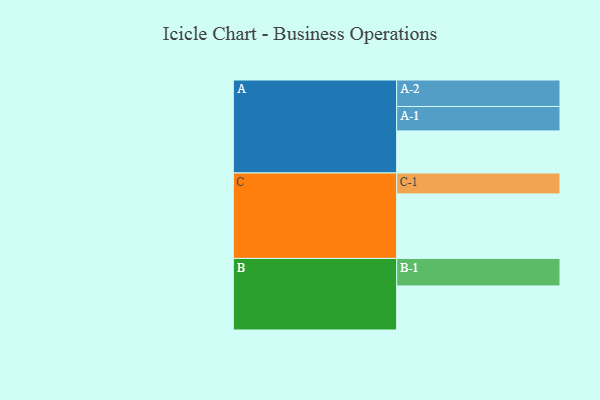
{"axis": {"x": "Segment", "y": "Value"}, "legend": ["", "A", "B", "C"], "data": [{"x": "A", "y": 340, "type": ""}, {"x": "B", "y": 356, "type": ""}, {"x": "C", "y": 521, "type": ""}, {"x": "A-1", "y": 197, "type": "A"}, {"x": "A-2", "y": 214, "type": "A"}, {"x": "B-1", "y": 222, "type": "B"}, {"x": "C-1", "y": 169, "type": "C"}]}